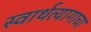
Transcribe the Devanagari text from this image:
स्वार्थत्यागाचा